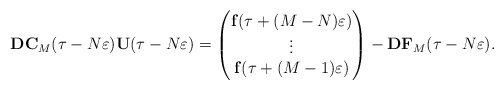
\begin{align*}\mathbf{D}\mathbf{C}_M(\tau-N\varepsilon)\mathbf{U}(\tau-N\varepsilon)=\begin{pmatrix}\mathbf{f}(\tau+(M-N)\varepsilon)\\\vdots\\\mathbf{f}(\tau+(M-1)\varepsilon)\end{pmatrix}-\mathbf{D}\mathbf{F}_M(\tau-N\varepsilon).\end{align*}